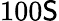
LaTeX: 100\mathsf{S}